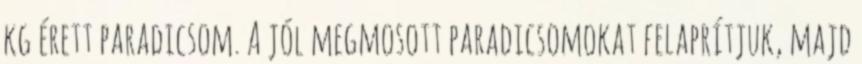
kg érett paradicsom. A jól megmosott paradicsomokat felaprítjuk, majd